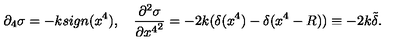
\partial _ { 4 } \sigma = - k s i g n ( x ^ { 4 } ) , \quad \frac { \partial ^ { 2 } \sigma } { \partial { x ^ { 4 } } ^ { 2 } } = - 2 k ( \delta ( x ^ { 4 } ) - \delta ( x ^ { 4 } - R ) ) \equiv - 2 k \tilde { \delta } .